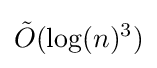
{\tilde {O}}(\log(n)^{3})